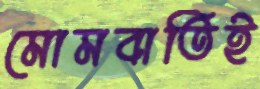
মোমবাতিই